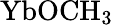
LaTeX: {\mathrm{YbOCH}}_{3}